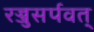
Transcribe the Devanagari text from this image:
रज्जुसर्पवत्‌